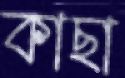
কাছা